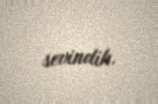
sevindik.